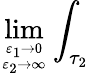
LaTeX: \operatorname*{lim}_{{\varepsilon_{1}\to 0}\atop{\varepsilon_{2}\to\infty}}\int_{\tau_{2}}